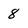
Character: 8